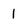
Character: 1